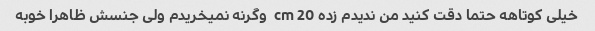
خیلی کوتاهه حتما دقت کنید من ندیدم زده 20 cm  وگرنه نمیخریدم ولی جنسش ظاهرا خوبه